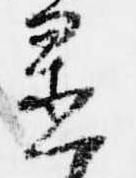
置